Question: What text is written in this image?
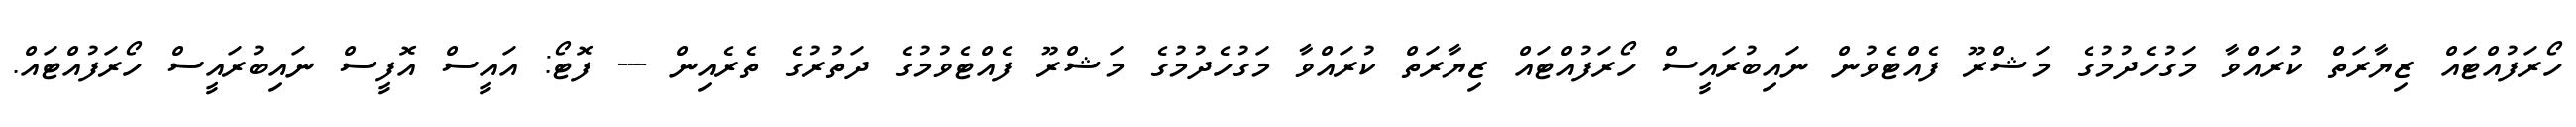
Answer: ހޯރަފުއްޓައް ޒިޔާރަތް ކުރައްވާ މަގުހެދުމުގެ މަޝްރޫ ފެއްޓެވުން ނައިބުރައީސް ހޯރަފުއްޓައް ޒިޔާރަތް ކުރައްވާ މަގުހެދުމުގެ މަޝްރޫ ފެއްޓެވުމުގެ ދަތުރުގެ ތެރެއިން --- ފޮޓޯ: އައީސް އޮފީސް ނައިބުރައީސް ހޯރަފުއްޓައް.